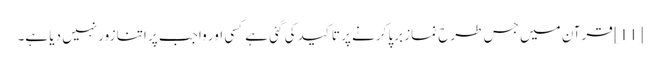
[11] قرآن میں جس طرح نماز برپا کرنے پر تاکید کی گئی ہے کسی اور واجب پر اتنا زور نہیں دیا ہے۔